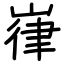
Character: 嵂